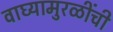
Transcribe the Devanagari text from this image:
वाघ्यामुरळींची